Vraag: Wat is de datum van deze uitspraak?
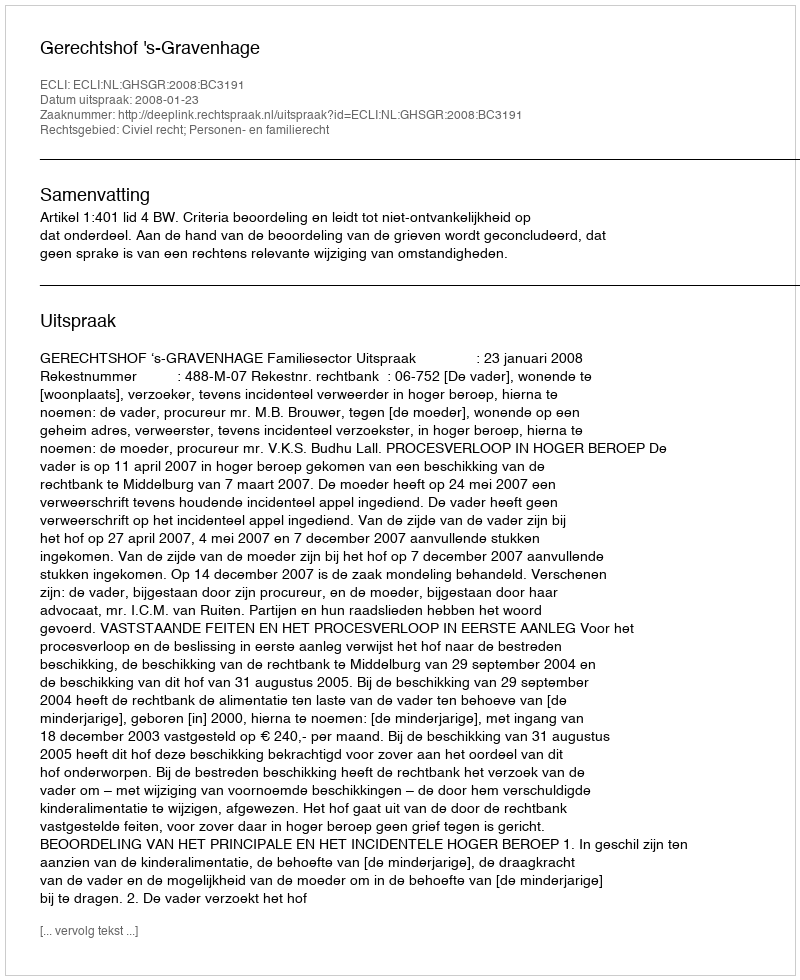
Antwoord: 2008-01-23